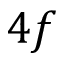
4 f